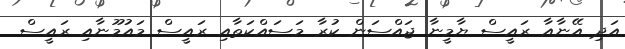
އަދި އޭނާއާ ރައީސް ޔާމީނާ ޖައްސަން ކުރާ މަސައްކަތާއި ރައީސް މައުމޫނާއި ރައީސް